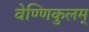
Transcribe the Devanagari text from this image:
वेण्णिकुलम्